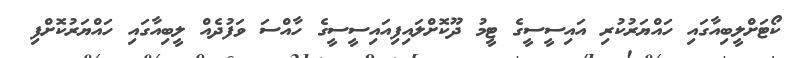
ކޯޓަށްލީބިއާގައި ހައްޔަރުކުރި އައިސީސީގެ ޓީމު ދޫކޮށްލައިފިއައިސީސީގެ ހާއްސަ ވަފުދެއް ލީބިއާގައި ހައްޔަރުކޮށްފި